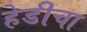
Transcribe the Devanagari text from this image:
हेडीचा